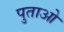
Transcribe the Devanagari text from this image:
पुताओ